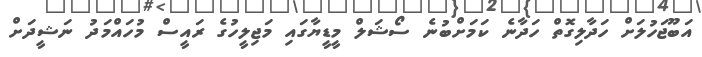
އަބޫޖަހުލަށް ހަދާލިގޮތް ހަދާނެ ކަމަށްބުނެ ސޯޝަލް މީޑީޔާގައި މަޖިލީހުގެ ރައީސް މުހައްމަދު ނަޝީދަށް